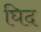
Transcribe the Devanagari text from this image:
घिद